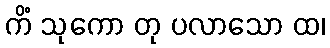
ကိံ သုကော တု ပလာသော ထ၊